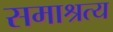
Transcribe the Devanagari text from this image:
समाश्रत्य